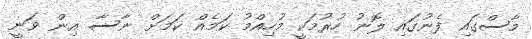
މާސްގައި ފެނުގައި ލޮނު ހުރުމަކީ މުހިއްމު ކަމެއް ކަމަށް ނާސާ އިން ވަނީ